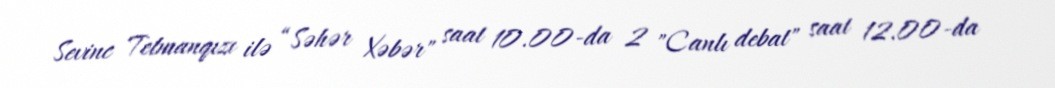
Sevinc Telmanqızı ilə “Səhər Xəbər" saat 10.00-da 2 "Canlı debat" saat 12.00-da